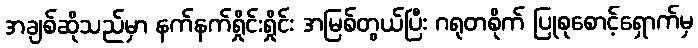
အချစ်ဆိုသည်မှာ နက်နက်ရှိုင်းရှိုင်း အမြစ်တွယ်ပြီး ဂရုတစိုက် ပြုစုစောင့်ရှောက်မှ